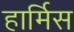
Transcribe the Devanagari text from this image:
हार्मिस